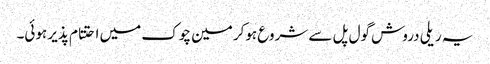
یہ ریلی دروش گول پل سے شروع ہوکر مین چوک میں احتتام پذیر ہوئی۔